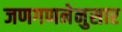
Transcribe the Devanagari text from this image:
जणगणनेनुसार